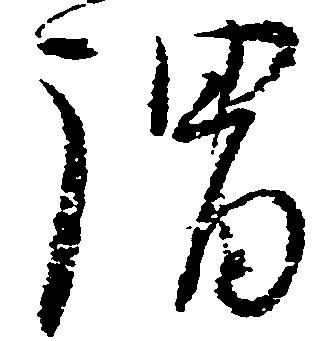
謂